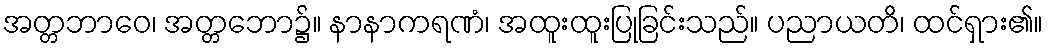
အတ္တဘာဝေ၊ အတ္တဘော၌။ နာနာကရဏံ၊ အထူးထူးပြုခြင်းသည်။ ပညာယတိ၊ ထင်ရှား၏။